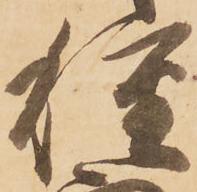
種